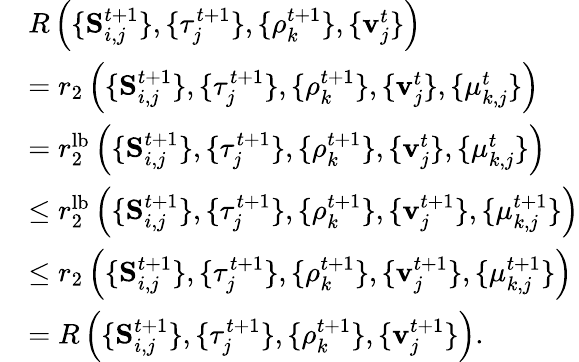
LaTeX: \begin{array}{rl}&{R\left(\{ \mathbf S_{i,j}^{t+1}\} ,\{ \tau_{j}^{t+1}\} ,\{ \rho_{k}^{t+1}\} ,\{ \mathbf v_{j}^{t}\} \right)}\\ &{=r_{2}\left(\{ \mathbf S_{i,j}^{t+1}\} ,\{ \tau_{j}^{t+1}\} ,\{ \rho_{k}^{t+1}\} ,\{ \mathbf v_{j}^{t}\} ,\{ \mu_{k,j}^{t}\} \right)}\\ &{=r_{2}^{\mathrm{lb}}\left(\{ \mathbf S_{i,j}^{t+1}\} ,\{ \tau_{j}^{t+1}\} ,\{ \rho_{k}^{t+1}\} ,\{ \mathbf v_{j}^{t}\} ,\{ \mu_{k,j}^{t}\} \right)}\\ &{\leq r_{2}^{\mathrm{lb}}\left(\{ \mathbf S_{i,j}^{t+1}\} ,\{ \tau_{j}^{t+1}\} ,\{ \rho_{k}^{t+1}\} ,\{ \mathbf v_{j}^{t+1}\} ,\{ \mu_{k,j}^{t+1}\} \right)}\\ &{\leq r_{2}\left(\{ \mathbf S_{i,j}^{t+1}\} ,\{ \tau_{j}^{t+1}\} ,\{ \rho_{k}^{t+1}\} ,\{ \mathbf v_{j}^{t+1}\} ,\{ \mu_{k,j}^{t+1}\} \right)}\\ &{=R\left(\{ \mathbf S_{i,j}^{t+1}\} ,\{ \tau_{j}^{t+1}\} ,\{ \rho_{k}^{t+1}\} ,\{ \mathbf v_{j}^{t+1}\} \right).}\end{array}